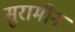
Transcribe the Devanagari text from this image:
सुरामीन